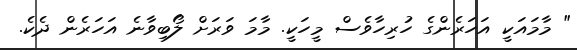
" މާމައަކީ އަހަރެންގެ ހުރިހާވެސް މީހަކީ. މާމަ ވަރަށް ލޯބިވާނެ އަހަރެން ދެކެ.